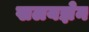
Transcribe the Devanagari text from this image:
खलयज्ञेन